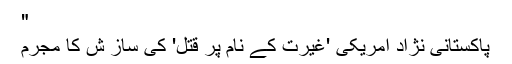
"
پاکستانی نژاد امریکی 'غیرت کے نام پر قتل' کی ساز ش کا مجرم